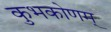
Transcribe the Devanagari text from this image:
कुभकोणम्